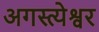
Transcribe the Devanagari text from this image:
अगस्त्येश्वर